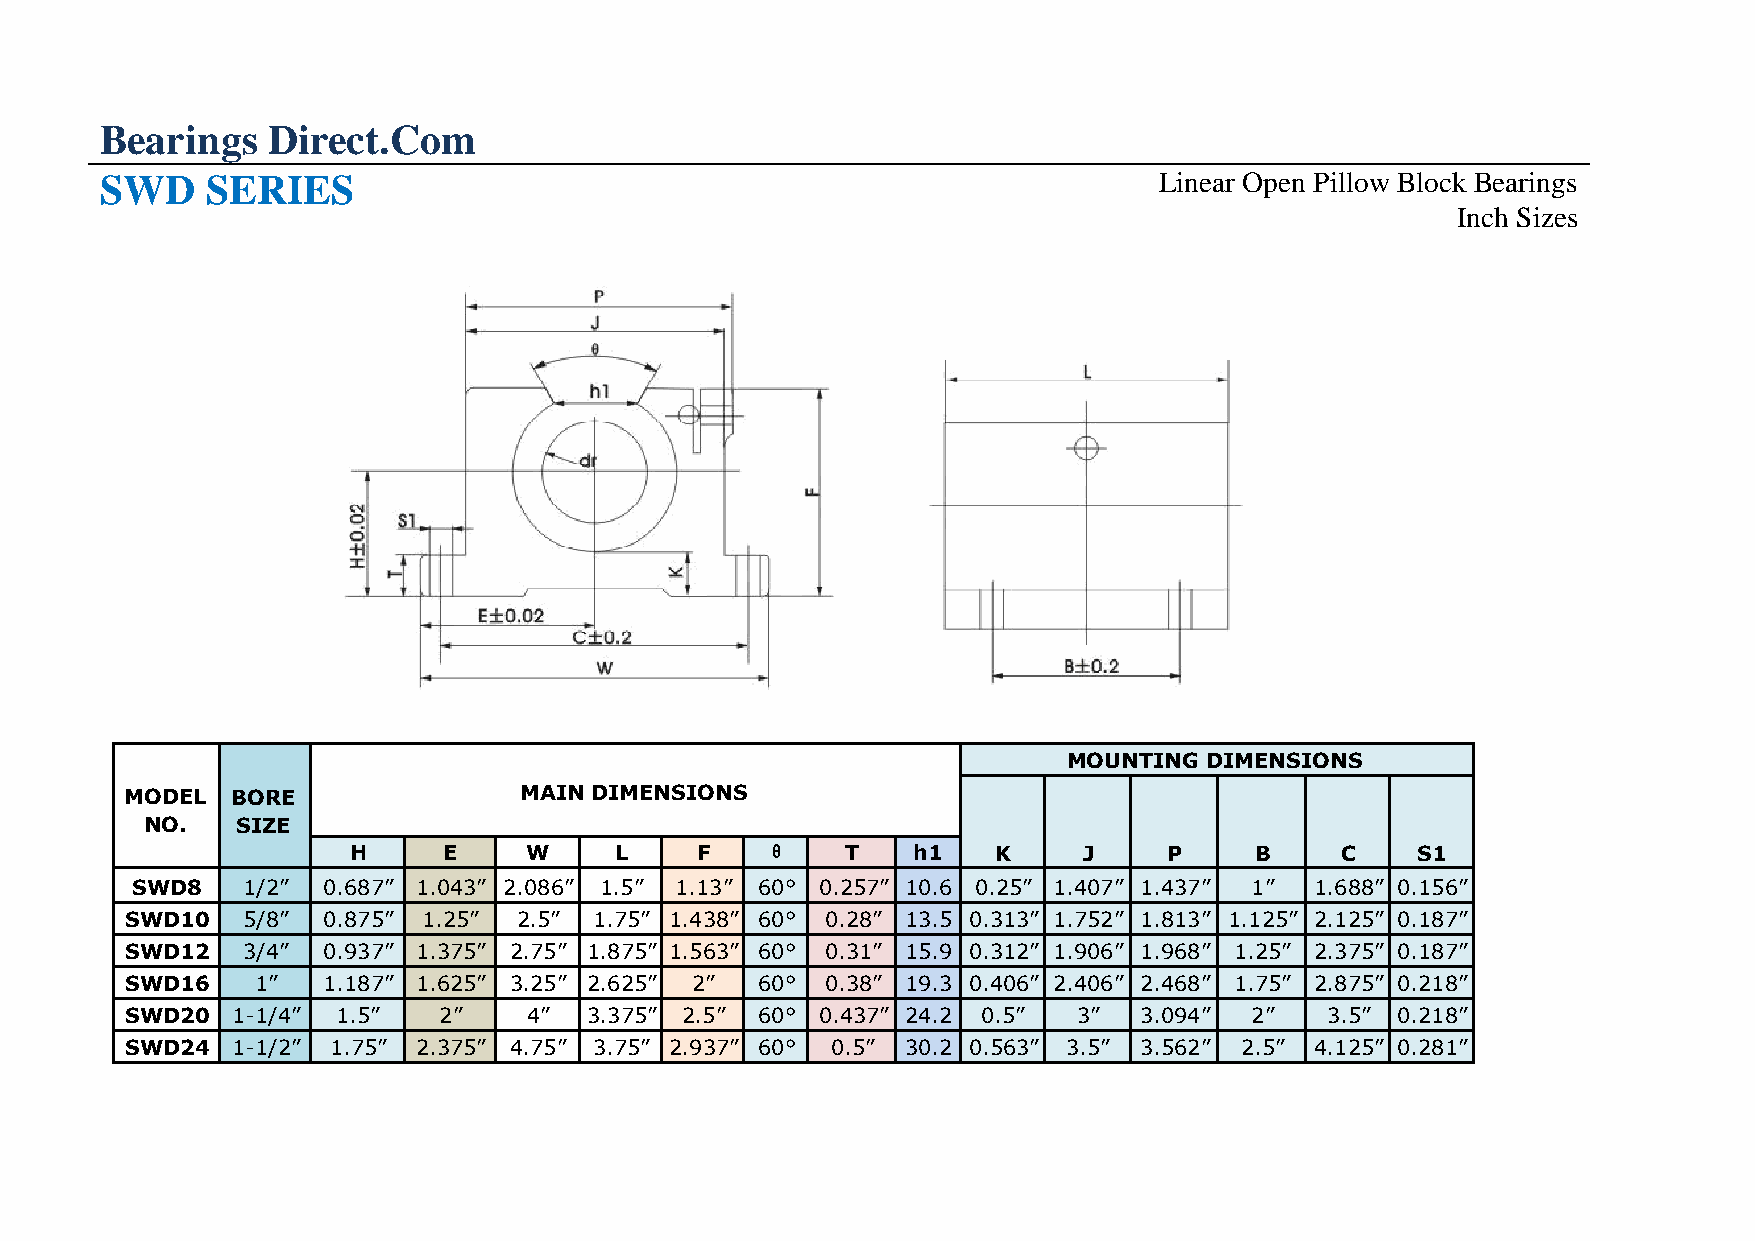
Bearings   Direct.Com
 SWD    SERIES                                                         Linear Open Pillow Block Bearings
 Inch Sizes
 MOUNTING DIMENSIONS
 MODEL  BORE               MAIN DIMENSIONS
 NO.   SIZE
 H     E     W     L    F    θ    T   h1    K     J    P     B     C    S1
 SWD8   1/2” 0.687” 1.043” 2.086” 1.5” 1.13” 60° 0.257” 10.6 0.25” 1.407” 1.437” 1” 1.688” 0.156”
 SWD10   5/8” 0.875” 1.25” 2.5” 1.75” 1.438” 60° 0.28” 13.5 0.313” 1.752” 1.813” 1.125” 2.125” 0.187”
 SWD12   3/4” 0.937” 1.375” 2.75” 1.875” 1.563” 60° 0.31” 15.9 0.312” 1.906” 1.968” 1.25” 2.375” 0.187”
 SWD16    1”  1.187” 1.625” 3.25” 2.625” 2” 60° 0.38” 19.3 0.406” 2.406” 2.468” 1.75” 2.875” 0.218”
 SWD20  1-1/4” 1.5”   2”    4”  3.375” 2.5” 60° 0.437” 24.2 0.5” 3” 3.094”  2”   3.5” 0.218”
 SWD24  1-1/2” 1.75” 2.375” 4.75” 3.75” 2.937” 60° 0.5” 30.2 0.563” 3.5” 3.562” 2.5” 4.125” 0.281”